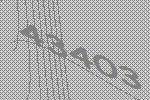
43403